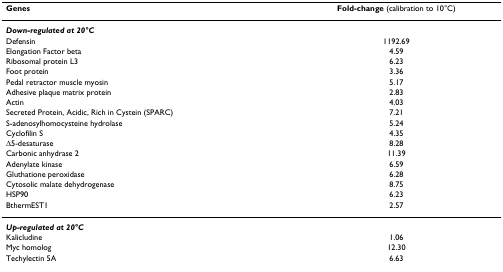
<table><thead><tr><td><b>Genes</b></td><td><b>Fold-change (calibration to 10°C)</b></td></tr></thead><tbody><tr><td><b><i>Down-regulated at 20°C</i></b></td><td></td></tr><tr><td>Defensin</td><td>1192.69</td></tr><tr><td>Elongation Factor beta</td><td>4.59</td></tr><tr><td>Ribosomal protein L3</td><td>6.23</td></tr><tr><td>Foot protein</td><td>3.36</td></tr><tr><td>Pedal retractor muscle myosin</td><td>5.17</td></tr><tr><td>Adhesive plaque matrix protein</td><td>2.83</td></tr><tr><td>Actin</td><td>4.03</td></tr><tr><td>Secreted Protein, Acidic, Rich in Cystein (SPARC)</td><td>7.21</td></tr><tr><td>S-adenosylhomocysteine hydrolase</td><td>5.24</td></tr><tr><td>Cyclofilin S</td><td>4.35</td></tr><tr><td>Δ5-desaturase</td><td>8.28</td></tr><tr><td>Carbonic anhydrase 2</td><td>11.39</td></tr><tr><td>Adenylate kinase</td><td>6.59</td></tr><tr><td>Gluthatione peroxidase</td><td>6.28</td></tr><tr><td>Cytosolic malate dehydrogenase</td><td>8.75</td></tr><tr><td>HSP90</td><td>6.23</td></tr><tr><td>BthermEST1</td><td>2.57</td></tr><tr><td><b><i>Up-regulated at 20°C</i></b></td><td></td></tr><tr><td>Kalicludine</td><td>1.06</td></tr><tr><td>Myc homolog</td><td>12.30</td></tr><tr><td>Techylectin 5A</td><td>6.63</td></tr></tbody></table>